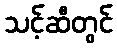
သင့်ဆီတွင်